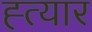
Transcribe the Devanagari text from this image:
ह्त्यार